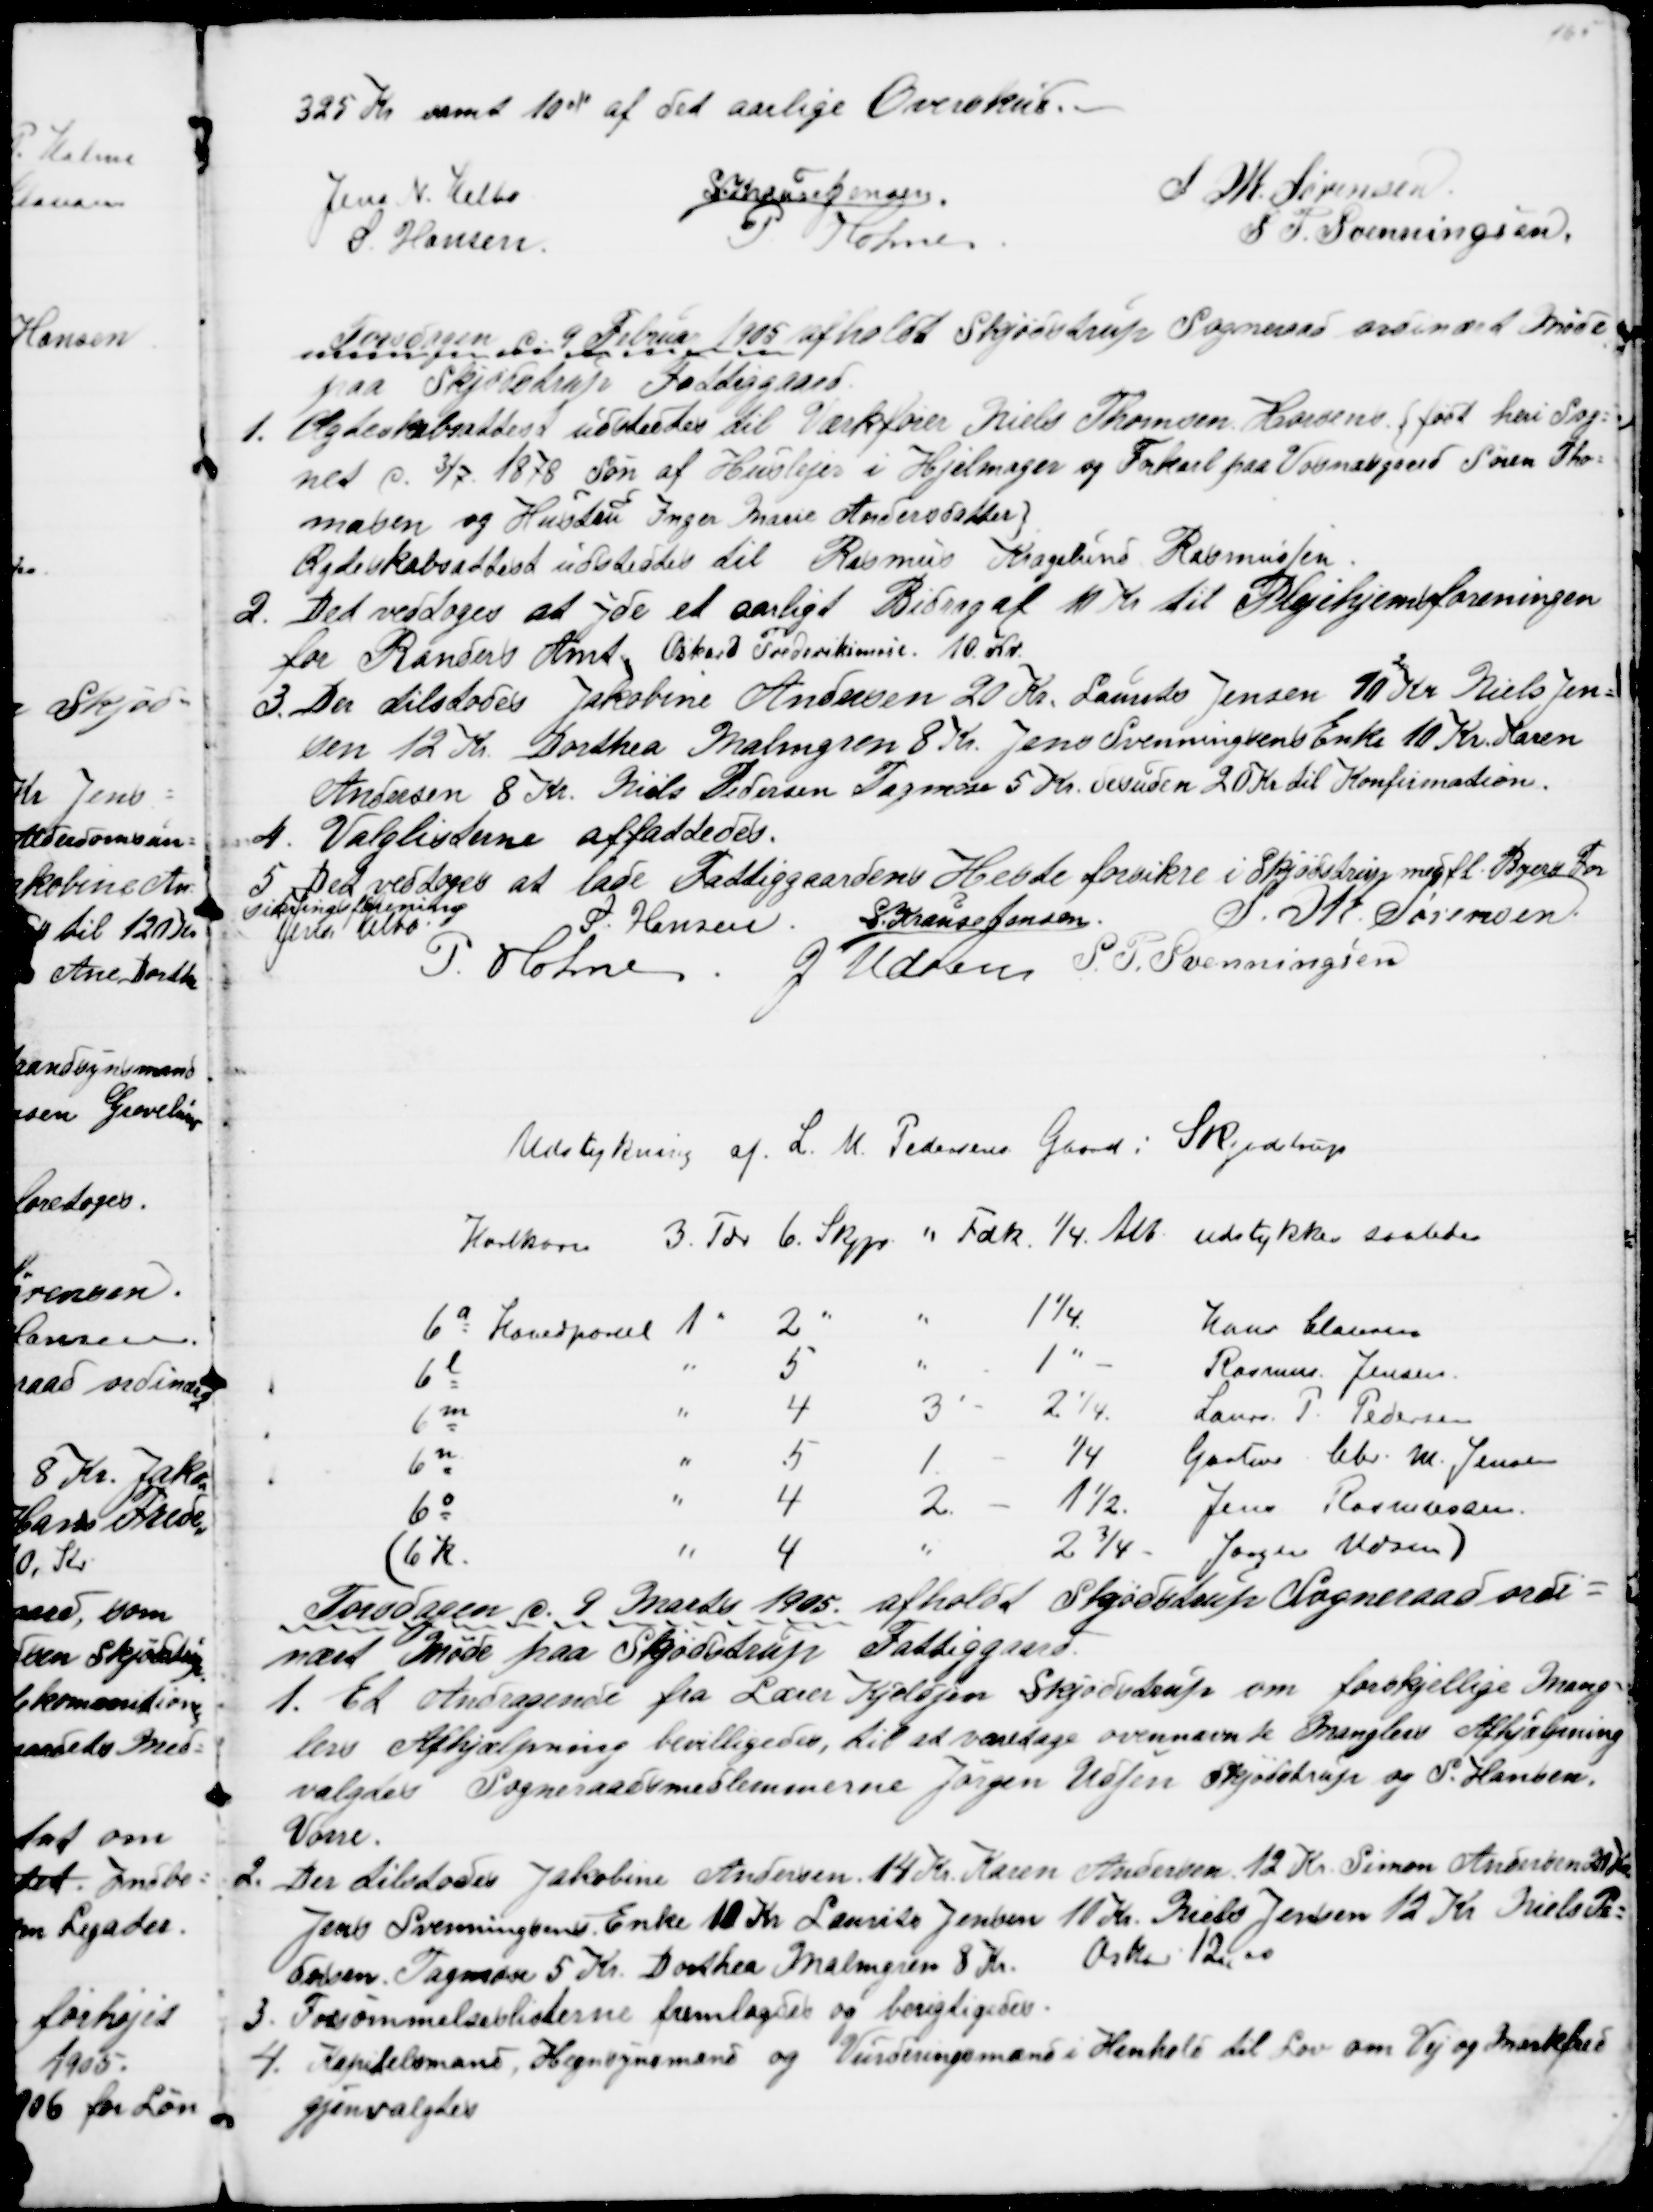
Transskription:
325 Kr samt 10% af det aarlige Overskud.
Jens N. Helbo
S Krause Jensen
S. M. Sørensen
S Hansen
P. Holme
S. P. Svenningsen.
Torsdagen d. 9 Februar 1905 afholdt Skjødstrup Sogneraad ordinært Møde
paa Skjødstrup Fattiggaard.
1.
Ægteskabsattest udstedtes til Værktører Niels Thomsen Horsens {ført heri Sog=
net d. 3/7 1878 Søn af Huslejer i Hjelmager og Forkarl paa Vognæsgaard Søren Tho=
masen og Hustru Inger Marie Andersdatter}
Ægteskabsattest udstedtes til Rasmus Kragelund Rasmussen.
2.
Det vedtoges at yde et aarligt Bidrag af 10 Kr. til Plejehjemsforeningen
for Randers Amt. Oskard Frederiksmose 10 Kr.
3. Der tilstodes Jakobine Andersen 20. Kr. Laurits Jensen 10 Kr Niels Jen=
sen 12 Kr. Dorthea Malmgren 8 Kr. Jens Svenningsens Enke 10 Kr. Karen
Andersen 8 Kr. Niels Pedersen Tagmose 5 Kr. desuden 20 Kr til Konfirmation.
4.
Valglisterne affattedes.
5
Det vedtoges at lade Fattiggaardens Heste forsikre i Skjødstrup med fl. Byers For
sikringsforening
Jens Helbo
S. Hansen S. Krause Jensen.
S. M. Sørensen
P. Holme J. Udsen S. P. Svenningsen
Udstykning af L. M. Pedersens Gaard i Skjødstrup
Hartkorn 3. Tdr 6. Skjp. " Fdk. ¼. Alb. udstykkes saaledes
6a Hovedparcel 1 " 2
1¼.
Hans Clausen
6l
5
1
Rasmus Jensen
6m
4
3 
2¼.
Laurs P. Pedersen
6n
5
1.
¼
Gartner Chr. M. Jensen
6o
4
2.
1½
Jens Rasmussen
(6 K
4
2¾.
Jørgen Udsen)
Torsdagen d. 9. Marts 1905. afholdt Skødstrup Sogneraad ordi=
næst Møde paa Skødstrup Fattiggaard.
1. Et Andragende fra Lærer Kjeldsen Skjødstrup om forskjellige Mang=
lers Afhjælpning bevilligedes, til at varetage ovennævnte Manglers Afhjælpning
valgtes Sogneraadsmedlemmerne Jørgen Udsen Skjødstrup og S. Hansen.
Vorre.
2. Der tilstodes Jakobine Andersen. 14 Kr. Karen Andersen 12 Kr. Simon Andersen 20 Kr
Jens Svenningsens Enke 10 Kr Laurits Jensen 10 Kr. Niels Jensen 12 Kr Niels Pe=
dersen Tagmose 5 Kr. Dorthea Malmgren 8 Kr. Oskar 12,00
3. Forsømmelseslisterne fremlagdes og berigtigedes.
4.  Kapitelsmænd, Hegnsynsmænd og Vurderingsmænd i Henhold til Lov om Vej og Markfred
gjenvalgtes